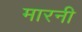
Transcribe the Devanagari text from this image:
मारनी